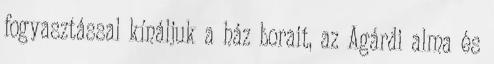
fogyasztással kínáljuk a ház borait, az Agárdi alma és